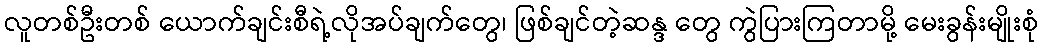
လူတစ်ဦးတစ် ယောက်ချင်းစီရဲ့လိုအပ်ချက်တွေ၊ ဖြစ်ချင်တဲ့ဆန္ဒ တွေ ကွဲပြားကြတာမို့ မေးခွန်းမျိုးစုံ